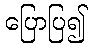
ပြောပြ၍